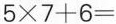
$$5 \times 7 + 6 =$$